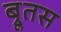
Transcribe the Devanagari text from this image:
ब्रूतस